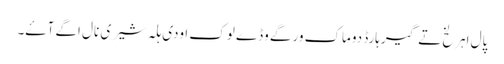
پال اہرلخ تے گیرہارڈ دوماک ورگے وڈے لوک اودی ہلہ شیری نال اگے آۓ۔